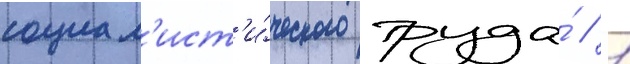
социал'ист'и́ческого труда́ / 1